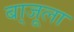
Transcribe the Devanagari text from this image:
बा्जूला